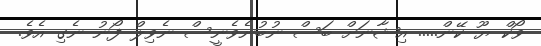
ވޯކް ޔޫ ކޭން..... އިޝާނަށް ބަސް ނުބުނެވެނީސް ނެވިލް ފޯނު ނެގި އެވެ.